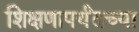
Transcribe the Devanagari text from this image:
शिक्षणापर्यंतच्या